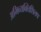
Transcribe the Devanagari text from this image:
अभिव्यक्तिशिलप